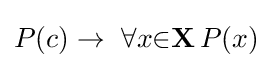
P(c)\to \ \forall {x}{\in }\mathbf {X} \,P(x)